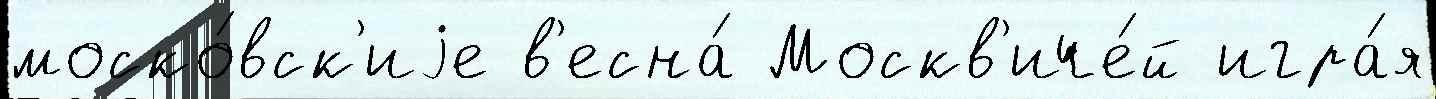
моско́вск'иjе в'есна́ Москв'иче́й игра́я